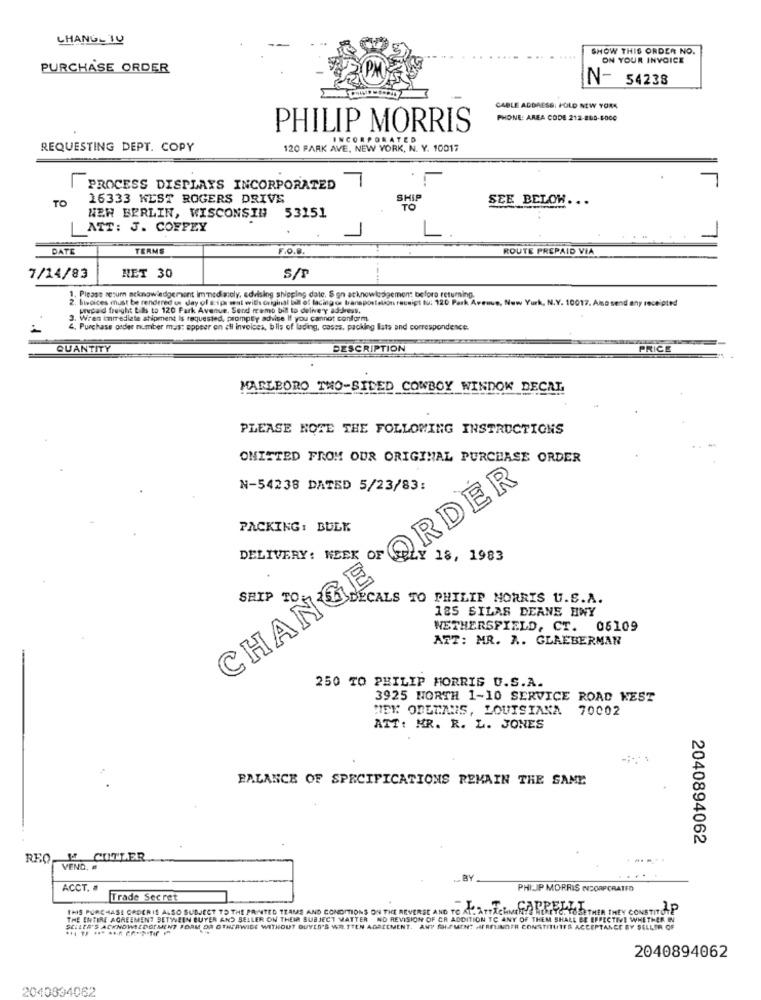
CHANG-TU
SHOW THIS ORDER NO.
ON YOUR INVOICE
PURCHASE ORDER
N- 54238
CABLE ADDRESS: POLD NEW YORK
PHONE: AREA CODE 212-860-6000
PHILIP MORRIS
INCORPORATED
REQUESTING DEPT. COPY
120 PARK AVE, NEW YORK, N. Y. 10017
PROCESS DISPLAYS INCORPORATED
TO
16333 WEST ROGERS DRIVE
SHIP
SEE BELOW ...
TO
NEW BERLIN, WISCONSIN 53151
ATT: J. COFPEY
DATE
TERMS
F.O.B.
ROUTE PREPAID VIA
7/14/83
HET 30
S/
44
1. Please return neknowledgement immediately, advising shipping date. Son acknowledgement before returning.
2. livoices must be rendered us day of sig mat with original ball of lacing os transportation receipt tu: 120 Park Avenue, New York, N.Y. 10017. Ama send any receipted
prepaid freight tils to 120 Park Avenue. Send rremo bill to delivery address.
3. Wran immediate shipment is requested, promptly advise If you cannot conform.
4. Purchase geder number mas: appeer on ali invoices, bils of lading, cases, packing Ists and correspondence.
QUANTITY
DESCRIPTION
PRICE
MARLBORO THO-SIDED COWBOY WINDOK DECAL
PLEASE NOTE THE FOLLOWING INSTRUCTIONS
ONISTED FROM OUR ORIGINAL PURCHASE ORDER
N-54238 DATED 5/23/83:
DELIVERY: WEEK OF ORDER
PACKING : BULK
18, 1983
CHANGE
SAIP
TO
DECALS TO PHILIP MORRIS U.S.A.
185 SILAS DEANE HWY
WETHERSFIELD, CT. 05109
ATT: MR. R. GLAEBERMAR
250 TO PHILIP MORRIS U.S.A.
3925 NORTH 1-10 SERVICE ROAD WEST
MEY ORLEANS, LOUISIANA 70002
ATT: MR. R. L. JONES
BALANCE OF SPECIFICATIONS REMAIN THE SAME
2040894062
REQ M. CUTLER
.-....
VEND. #
BY
ACCT. #
PHILIP MORRIS INCORPORATED
Trade Secret
THIS PURCHASE ORDERIS ALSO SUBJECT TO THE PRINTED TEAMS AND CONDITIONS ON THE REVERSE AND TO AL. ATTACHMENTS HERTYC. TOSETHER THEY CONSTITUTE"
THE ENTIRE AGREEMENT BETWEEN BUYER AND SELLER ON THEIR SUBJECT MATTER NO REVISION OF CR ADDITION TO ANY OF THEM SHALL BE EFFECTIVE WHETHER IN
SCILER'S ACKNOWLEDGEMENT FORM OR OTHERWISE WITHOUT DUYES'S WR.TTEN AGREEMENT. ANY faLAMINT HARUNDER CONSTITUTES ACCEPTANCE BY SELLER OF
2040894062
2040834062